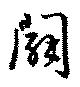
闢